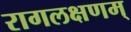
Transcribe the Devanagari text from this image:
रागलक्षणम्